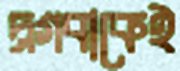
দ্রগবাকেই